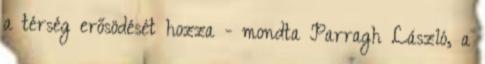
a térség erősödését hozza - mondta Parragh László, a